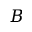
B